Annual report on the working of the mental hospitals in the Madras Presidency - 1912-1932
Year: 1912
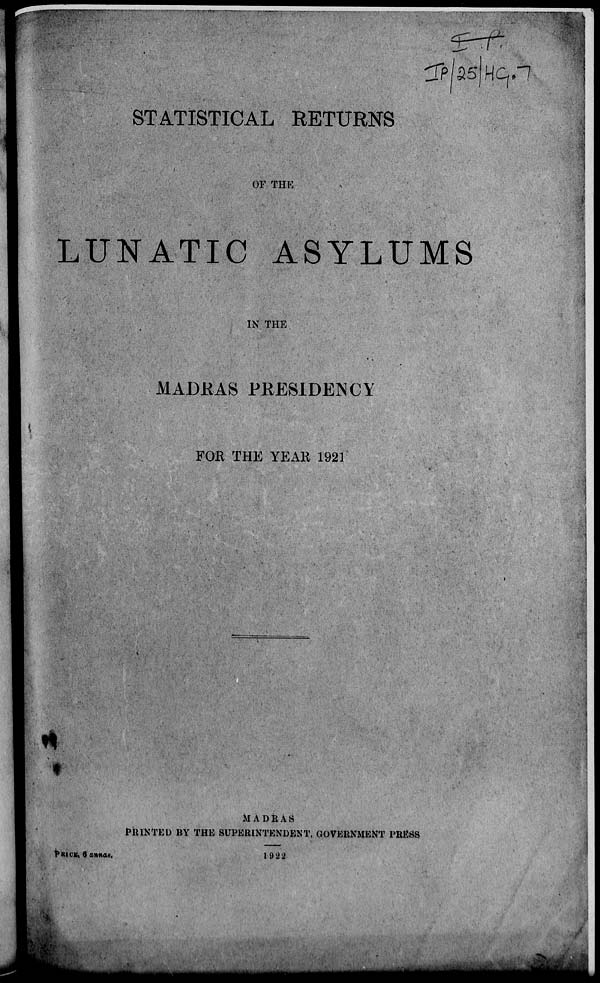
STATISTICAL RETURNS
OF THE
LUNATIC ASYLUMS
IN THE
MADRAS PRESIDENCY
FOR THE YEAR 1921
MADRAS
PRINTED BY THE SUPERINTENDENT, GOVERNMENT PRESS
PRICE, 6 annas.
1922